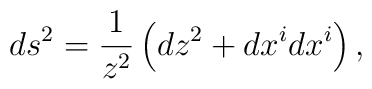
ds^2 =  \frac{1}{z^2}\left( dz^2 + dx^i dx^i \right),